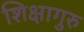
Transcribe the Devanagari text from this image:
शिक्षागुरु